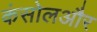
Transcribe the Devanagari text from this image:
कंसोलऔर